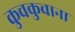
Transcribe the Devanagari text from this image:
कुचकुचाना